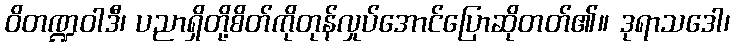
ဝိတဏ္ဍဝါဒီ၊ ပညာရှိတို့စိတ်ကိုတုန်လှုပ်အောင်ပြောဆိုတတ်၏။ ဒုရာသဒေါ၊